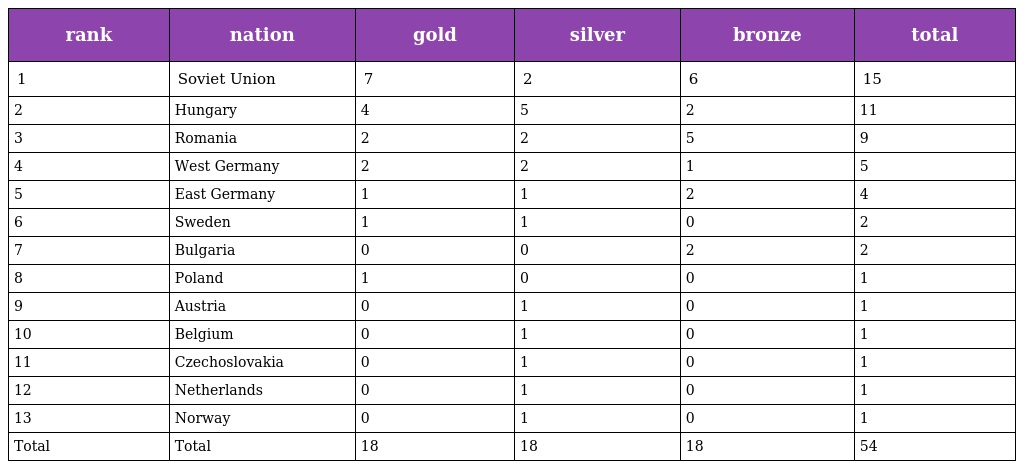
| rank | nation | gold | silver | bronze | total |
 | --- | --- | --- | --- | --- | --- |
 | 1 | Soviet Union | 7 | 2 | 6 | 15 |
 | 2 | Hungary | 4 | 5 | 2 | 11 |
 | 3 | Romania | 2 | 2 | 5 | 9 |
 | 4 | West Germany | 2 | 2 | 1 | 5 |
 | 5 | East Germany | 1 | 1 | 2 | 4 |
 | 6 | Sweden | 1 | 1 | 0 | 2 |
 | 7 | Bulgaria | 0 | 0 | 2 | 2 |
 | 8 | Poland | 1 | 0 | 0 | 1 |
 | 9 | Austria | 0 | 1 | 0 | 1 |
 | 10 | Belgium | 0 | 1 | 0 | 1 |
 | 11 | Czechoslovakia | 0 | 1 | 0 | 1 |
 | 12 | Netherlands | 0 | 1 | 0 | 1 |
 | 13 | Norway | 0 | 1 | 0 | 1 |
 | Total | Total | 18 | 18 | 18 | 54 |